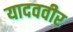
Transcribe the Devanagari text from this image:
यादववीर